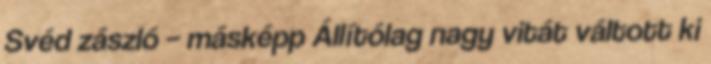
Svéd zászló – másképp Állítólag nagy vitát váltott ki